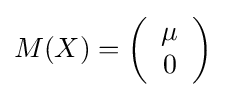
M(X)=\left({\begin{array}{*{20}c}\mu \\0\end{array}}\right)